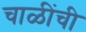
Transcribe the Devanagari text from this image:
चाळींची